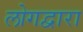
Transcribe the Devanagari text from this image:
लोगद्वारा